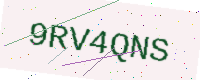
Text: 9RV4QNS